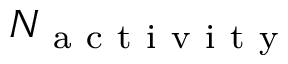
N _ { \mathrm { ~ a ~ c ~ t ~ i ~ v ~ i ~ t ~ y ~ } }